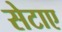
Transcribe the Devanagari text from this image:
सेटाए